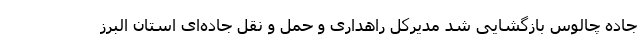
جاده چالوس بازگشایی شد مدیرکل راهداری و حمل و نقل جاده‌ای استان البرز